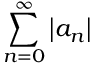
\sum _ { n = 0 } ^ { \infty } \left| a _ { n } \right|